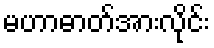
မဟာဓာတ်အားလိုင်း